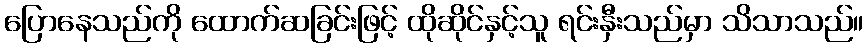
ပြောနေသည်ကို ထောက်ဆခြင်းဖြင့် ထိုဆိုင်နှင့်သူ ရင်းနှီးသည်မှာ သိသာသည်။